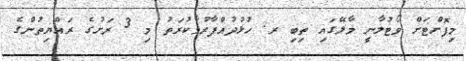
މިފޮށްޓަށް ވޯޓުލާނީ މާލޭގައި ތިބި ރ. ހުޅުދުއްފާރުމާކުރަތު މި 3 ރަށުގެ ރައްޔިތުންގެ